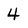
Character: 4